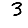
Digit: 3